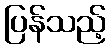
ပြန်သည့်